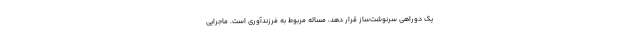
یک دوراهی سرنوشت‌ساز قرار دهد، مساله مربوط به فرزندآوری است. ماجرایی